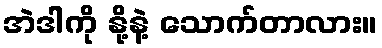
အဲဒါကို နို့နဲ့ သောက်တာလား။